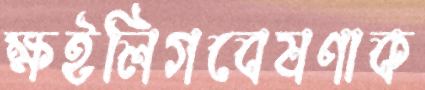
ক্ষইলিগবেষণাক